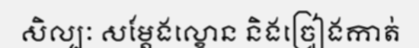
សិល្បៈ សម្តែងល្ខោន និងច្រៀងកាត់